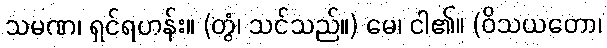
သမဏ၊ ရှင်ရဟန်း။ (တွံ၊ သင်သည်။) မေ၊ ငါ၏။ (ဝိသယတော၊